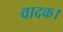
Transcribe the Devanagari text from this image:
वादक।